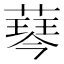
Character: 䔷